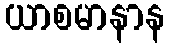
ယာစမာနာန